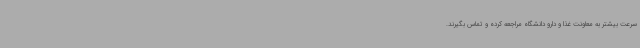
سرعت بیشتر به معاونت غذا و دارو دانشگاه مراجعه کرده و تماس بگیرند.